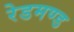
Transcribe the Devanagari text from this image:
रेडमण्ड